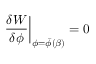
\left. { \frac { \delta W } { \delta \phi } } \right| _ { \phi = \bar { \phi } ( \beta ) } = 0